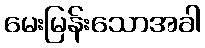
မေးမြန်းသောအခါ